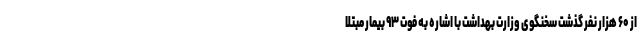
از ۶۰ هزار نفر گذشت سخنگوی وزارت بهداشت با اشاره به فوت ۹۳ بیمار مبتلا